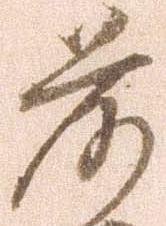
落